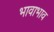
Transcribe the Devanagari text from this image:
भावाभाव